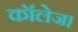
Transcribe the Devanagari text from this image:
कॉलेज।